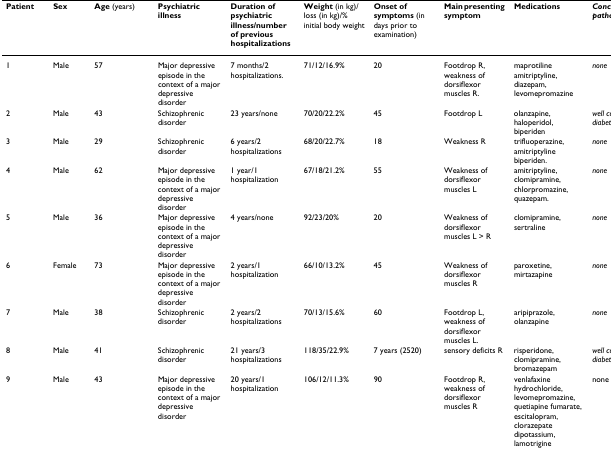
| Patient | Sex | Age (years) | Psychiatric illness | Duration of psychiatric illness/number of previous hospitalizations | Weight (in kg)/loss (in kg)/% initial body weight | Onset of symptoms (in days prior to examination) | Main presenting symptom | Medications | Concomitant pathology |
 | --- | --- | --- | --- | --- | --- | --- | --- | --- | --- |
 | 1 | Male | 57 | Major depressive episode in the context of a major depressive disorder | 7 months/2 hospitalizations. | 71/12/16.9% | 20 | Footdrop R, weakness of dorsiflexor muscles R. | maprotiline amitriptyline, diazepam, levomepromazine | none |
 | 2 | Male | 43 | Schizophrenic disorder | 23 years/none | 70/20/22.2% | 45 | Footdrop L | olanzapine, haloperidol, biperiden | well controlled diabetes |
 | 3 | Male | 29 | Schizophrenic disorder | 6 years/2 hospitalizations | 68/20/22.7% | 18 | Weakness R | trifluoperazine, amitriptyline biperiden. | none |
 | 4 | Male | 62 | Major depressive episode in the context of a major depressive disorder | 1 year/1 hospitalization | 67/18/21.2% | 55 | Weakness of dorsiflexor muscles L | amitriptyline, clomipramine, chlorpromazine, quazepam. | none |
 | 5 | Male | 36 | Major depressive episode in the context of a major depressive disorder | 4 years/none | 92/23/20% | 20 | Weakness of dorsiflexor muscles L > R | clomipramine, sertraline | none |
 | 6 | Female | 73 | Major depressive episode in the context of a major depressive disorder | 2 years/1 hospitalization | 66/10/13.2% | 45 | Weakness of dorsiflexor muscles R | paroxetine, mirtazapine | none |
 | 7 | Male | 38 | Schizophrenic disorder | 2 years/2 hospitalizations | 70/13/15.6% | 60 | Footdrop L, weakness of dorsiflexor muscles L. | aripiprazole, olanzapine | none |
 | 8 | Male | 41 | Schizophrenic disorder | 21 years/3 hospitalizations | 118/35/22.9% | 7 years (2520) | sensory deficits R | risperidone, clomipramine, bromazepam | well controlled diabetes |
 | 9 | Male | 43 | Major depressive episode in the context of a major depressive disorder | 20 years/1 hospitalization | 106/12/11.3% | 90 | Footdrop R, weakness of dorsiflexor muscles R | venlafaxine hydrochloride, levomepromazine, quetiapine fumarate, escitalopram, clorazepate dipotassium, lamotrigine | none |